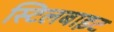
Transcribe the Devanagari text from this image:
स्टिलबाइट